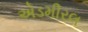
એડમીરલ